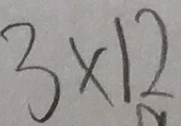
3 \times 1 2